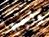
واجبها